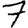
Digit: 7